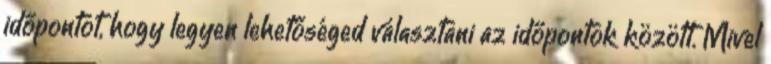
időpontot, hogy legyen lehetőséged választani az időpontok között. Mivel